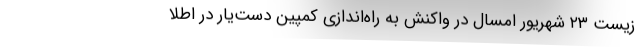
زیست ۲۳ شهریور امسال در واکنش به راه‌اندازی کمپین دست‌یار در اطلا